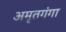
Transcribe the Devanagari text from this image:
अमृतगंगा